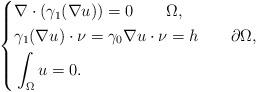
LaTeX: \begin{align*}\left\{\begin{aligned}&\nabla\cdot(\gamma_1(\nabla u))=0\quad\quad\Omega,\\&\gamma_1(\nabla u)\cdot\nu=\gamma_0\nabla u\cdot\nu=h\quad\quad\partial\Omega,\\&\int_{\Omega}u=0.\end{aligned}\right.\end{align*}